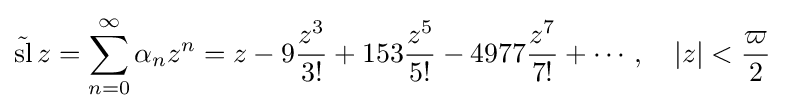
{\tilde {\operatorname {sl} }}\,z=\sum _{n=0}^{\infty }\alpha _{n}z^{n}=z-9{\frac {z^{3}}{3!}}+153{\frac {z^{5}}{5!}}-4977{\frac {z^{7}}{7!}}+\cdots ,\quad \left|z\right|<{\frac {\varpi }{2}}